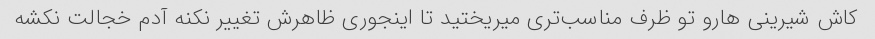
کاش شیرینی هارو تو ظرف مناسب‌تری میریختید تا اینجوری ظاهرش تغییر نکنه آدم خجالت نکشه